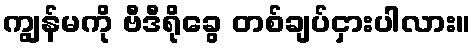
ကျွန်မကို ဗီဒီရိုခွေ တစ်ချပ်ငှားပါလား။